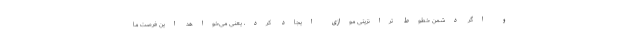
و اگر دشمن خطوط ترانزیتی موازی ایجاد کرد، یعنی می‌خواهد این فرصت ما